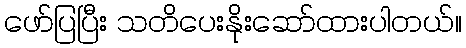
ဖော်ပြပြီး သတိပေးနိုးဆော်ထားပါတယ်။